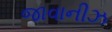
જાવાનીઝ